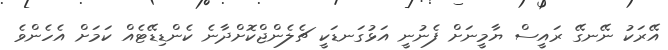
އޭރަކު ނޭނގޭ ރައީސް ޔާމީނަށް ފެނުނީ އަޅުގަނޑަކީ ޗެލެންޖްކޮށްދާނެ ކެންޑިޑޭޓެއް ކަމަށް އެހެންވެ